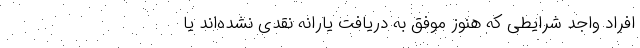
افراد واجد شرایطی که هنوز موفق به دریافت یارانه نقدی نشده‌اند یا